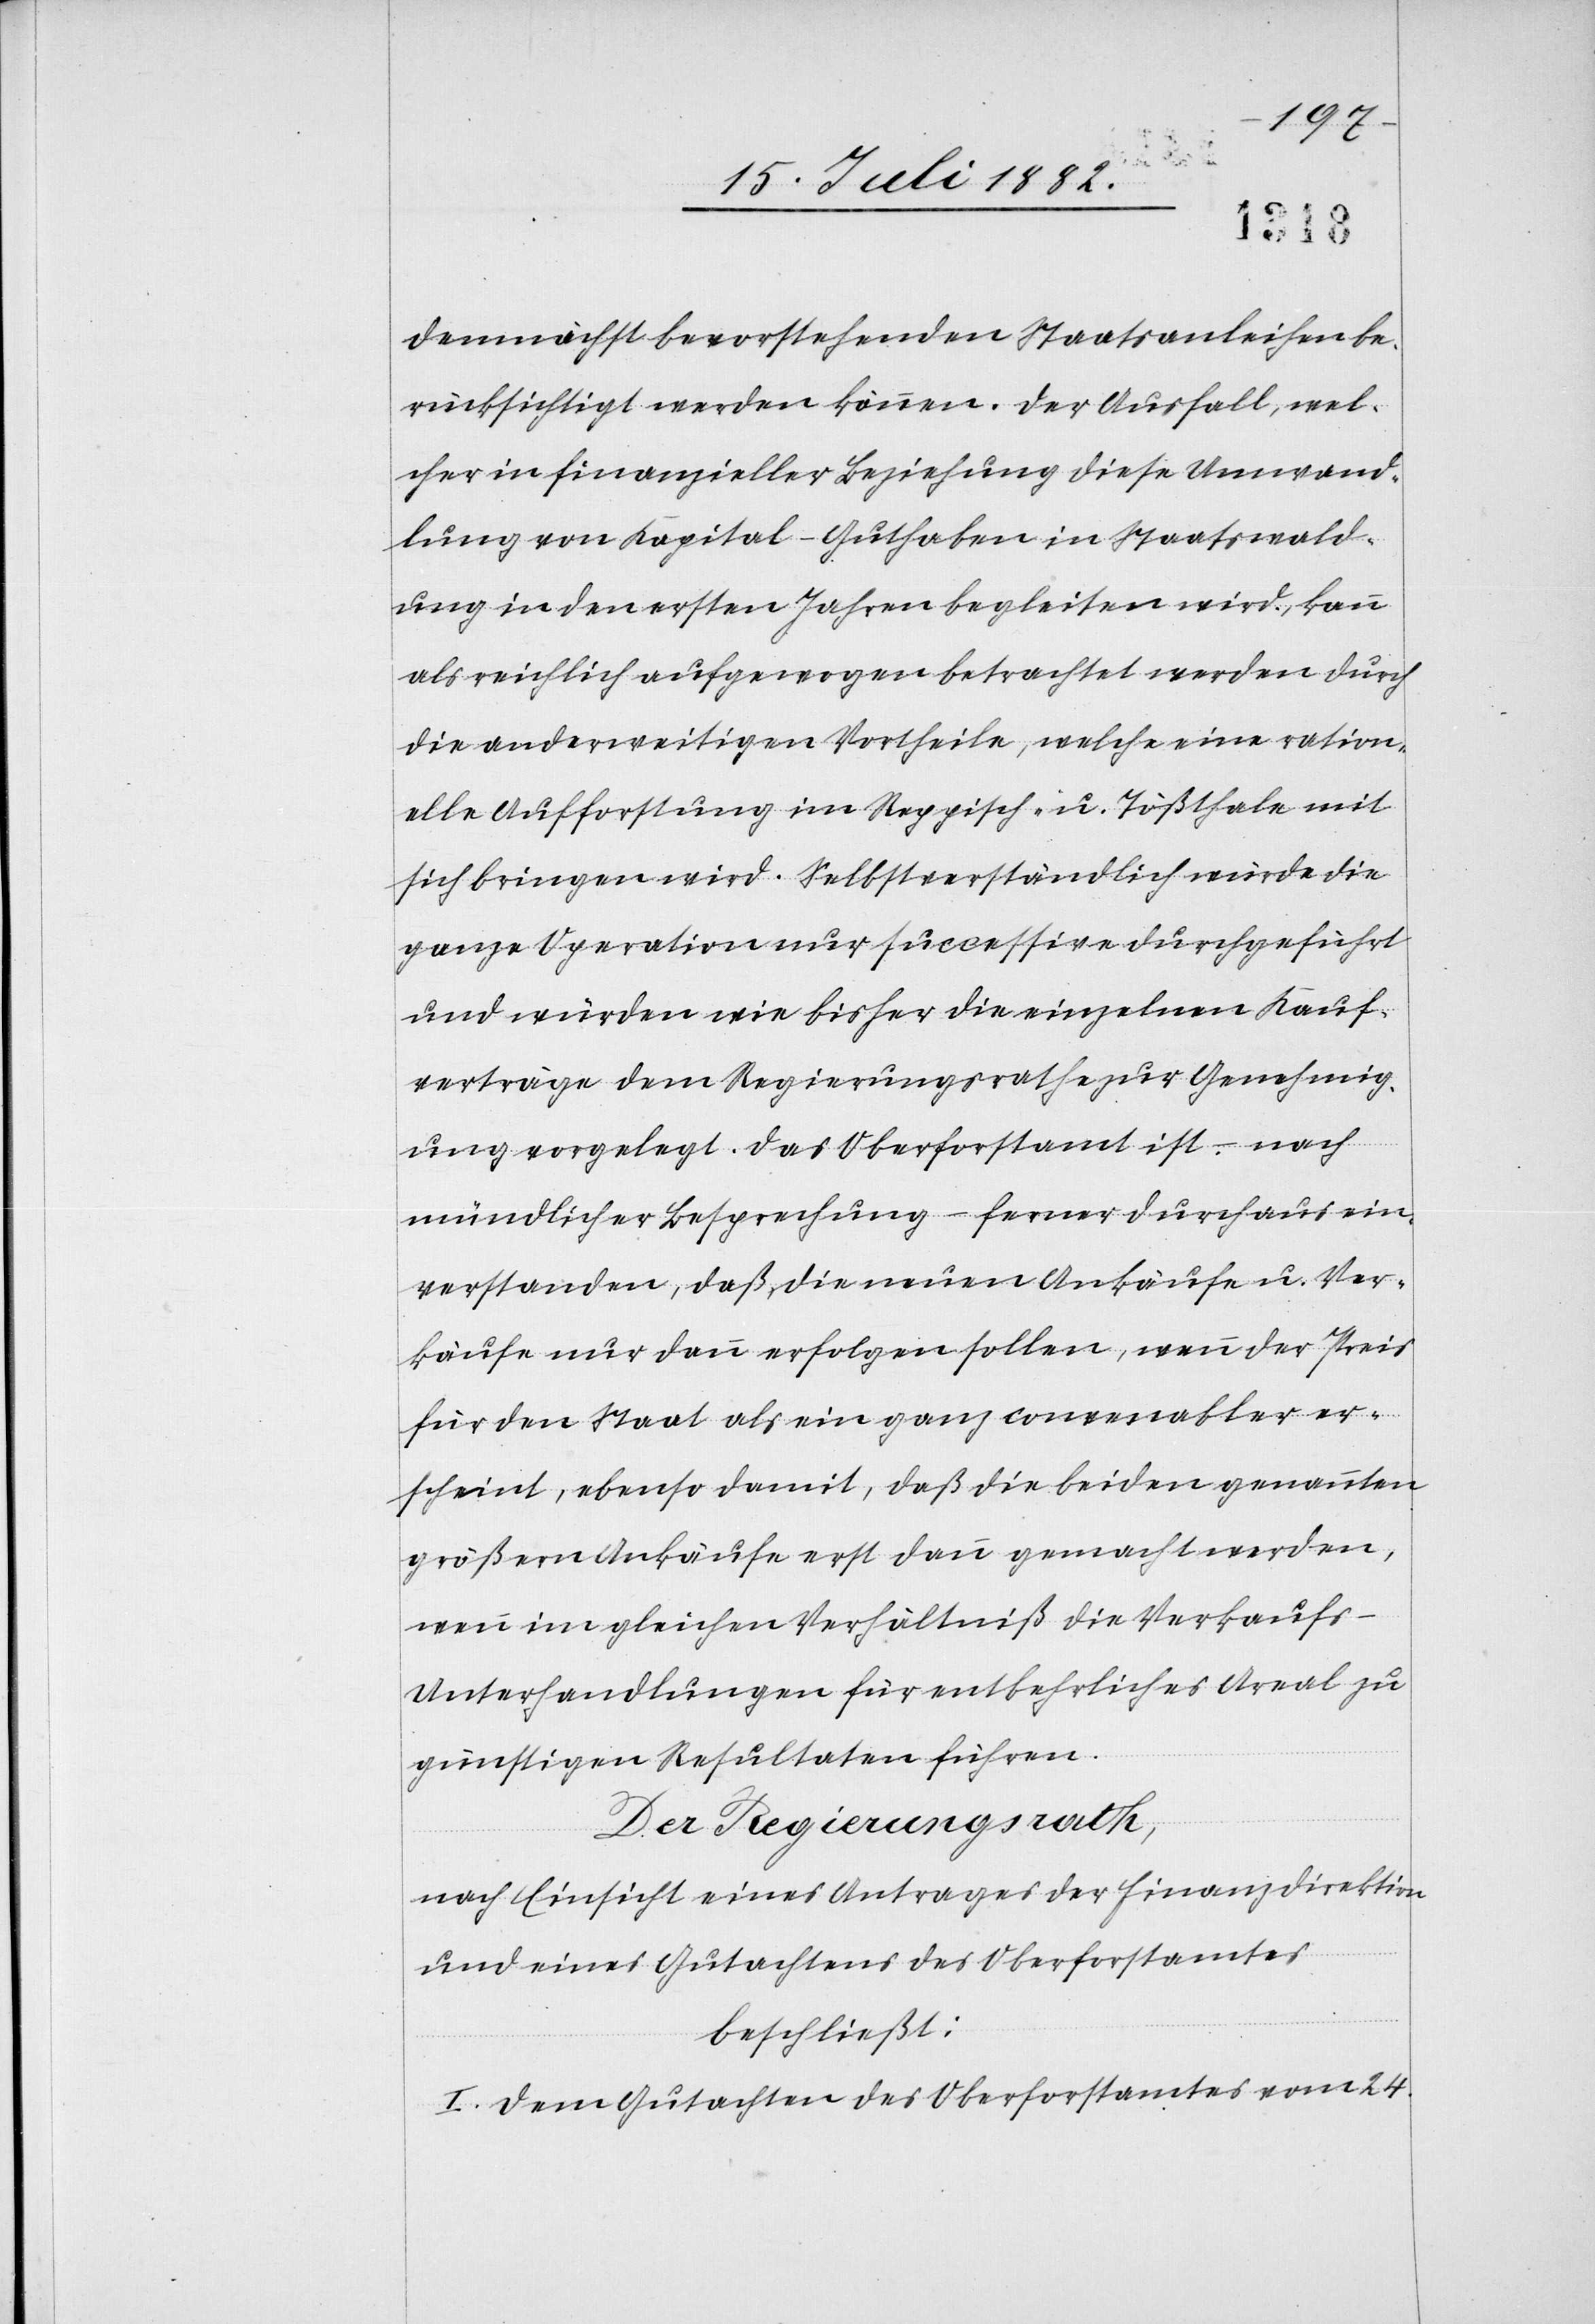
demnächst bevorstehenden Staatsanleihen be¬
rücksichtigt werden können. Der Ausfall, wel¬
cher in finanzieller Beziehung diese Umwand¬
lung von Kapital-Guthaben in Staatswald¬
ungen in den ersten Jahren begleiten wird, kann
als reichlich aufgewogen betrachtet werden durch
die anderweitigen Vortheile, welche eine ration¬
elle Aufforstung im Reppisch- u. Tößthale mit
sich bringen wird. Selbstverständlich würde die
ganze Operation nur successive durchgeführt
und würden wie bisher die einzelnen Kauf¬
verträge dem Regierungsrathe zur Genehmig¬
ung vorgelegt. Das Oberforstamt ist, – nach
mündlicher Besprechung – ferner durchaus ein¬
verstanden, daß die neuen Ankäufe u. Ver¬
käufe nur dann erfolgen sollen, wenn der Preis
für den Staat als ein ganz convenabler er¬
scheint, ebenso damit, daß die beiden genannten
größern Ankäufe erst dann gemacht werden,
wenn im gleichen Verhältniß die Verkauf¬
s-Unterhandlungen für entbehrliches Areal zu
günstigen Resultaten führen.
Der Regierungsrath,
nach Einsicht eines Antrages der Finanzdirektion
und eines Gutachtens des Oberforstamtes
beschließt:
I. Dem Gutachten des Oberforstamtes vom 24.